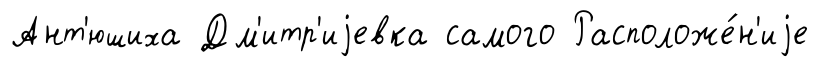
Ант'юшиха Дм'итр'иjевка самого Расположе́н'иjе